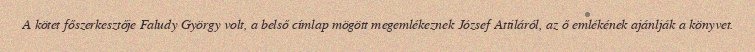
A kötet főszerkesztője Faludy György volt, a belső címlap mögött megemlékeznek József Attiláról, az ő emlékének ajánlják a könyvet.